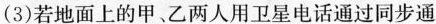
(3)若地面上的甲、乙两人用卫星电话通过同步通